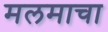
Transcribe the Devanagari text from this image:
मलमाचा